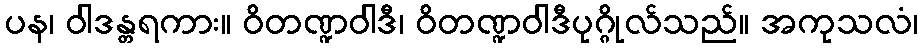
ပန၊ ဝါဒန္တရကား။ ဝိတဏ္ဍဝါဒီ၊ ဝိတဏ္ဍဝါဒီပုဂ္ဂိုလ်သည်။ အကုသလံ၊